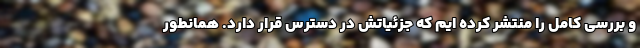
و بررسی کامل را منتشر کرده ایم که جزئیاتش در دسترس قرار دارد. همانطور